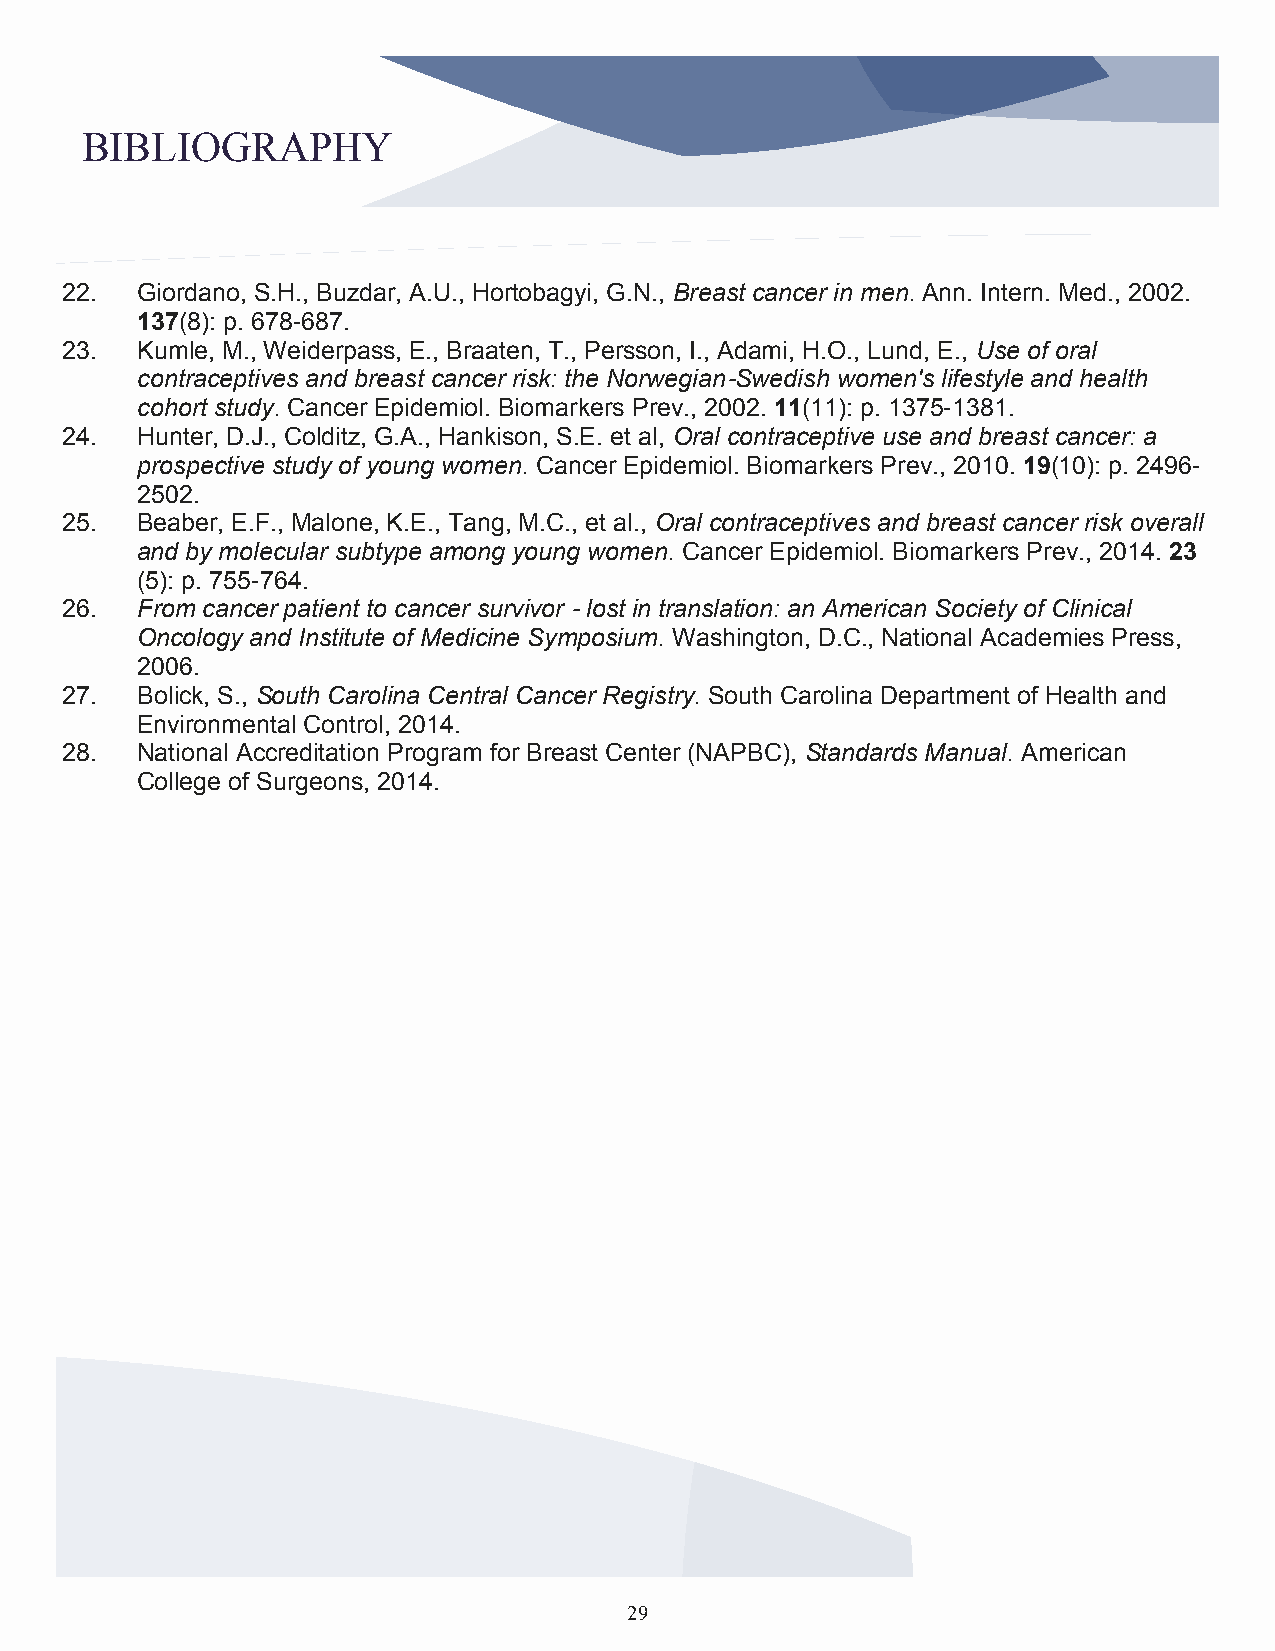
BIBLIOGRAPHY
 22.  Giordano, S.H., Buzdar, A.U., Hortobagyi, G.N., Breast cancer in men. Ann. Intern. Med., 2002.
 137(8): p. 678-687.
 23.  Kumle, M., Weiderpass, E., Braaten, T., Persson, I., Adami, H.O., Lund, E., Use of oral
 contraceptives and breast cancer risk: the Norwegian-Swedish women's lifestyle and health
 cohort study. Cancer Epidemiol. Biomarkers Prev., 2002. 11(11): p. 1375-1381.
 24.  Hunter, D.J., Colditz, G.A., Hankison, S.E. et al, Oral contraceptive use and breast cancer: a
 prospective study of young women. Cancer Epidemiol. Biomarkers Prev., 2010. 19(10): p. 2496-
 2502.
 25.  Beaber, E.F., Malone, K.E., Tang, M.C., et al., Oral contraceptives and breast cancer risk overall
 and by molecular subtype among young women. Cancer Epidemiol. Biomarkers Prev., 2014. 23
 (5): p. 755-764.
 26.  From cancer patient to cancer survivor - lost in translation: an American Society of Clinical
 Oncology and Institute of Medicine Symposium. Washington, D.C., National Academies Press,
 2006.
 27.  Bolick, S., South Carolina Central Cancer Registry. South Carolina Department of Health and
 Environmental Control, 2014.
 28.  National Accreditation Program for Breast Center (NAPBC), Standards Manual. American
 College of Surgeons, 2014.
 29